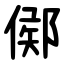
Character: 鄇